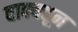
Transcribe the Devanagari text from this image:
वाक्यतून